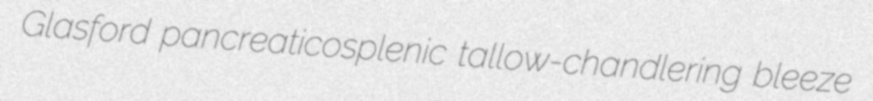
Glasford pancreaticosplenic tallow-chandlering bleeze